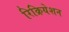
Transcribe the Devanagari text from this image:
रिक्रियेशन